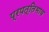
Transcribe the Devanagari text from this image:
प्रपत्तिभाव